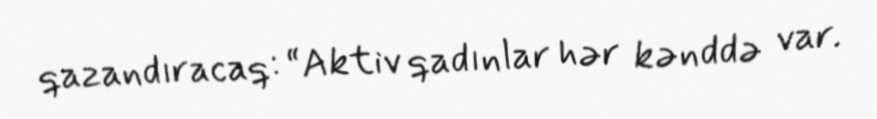
qazandıracaq: “Aktiv qadınlar hər kənddə var.